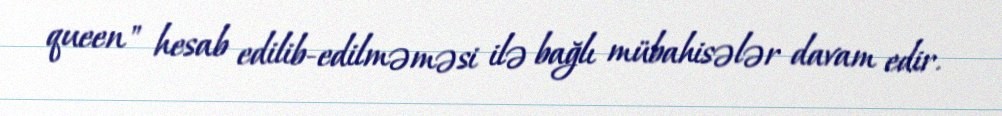
queen" hesab edilib-edilməməsi ilə bağlı mübahisələr davam edir.